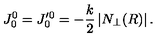
J _ { 0 } ^ { 0 } = J _ { 0 } ^ { \prime 0 } = - \frac { k } { 2 } \left| N _ { \perp } ( R ) \right| .